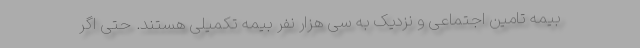
بیمه تامین اجتماعی و نزدیک به سی هزار نفر بیمه تکمیلی هستند. حتی اگر